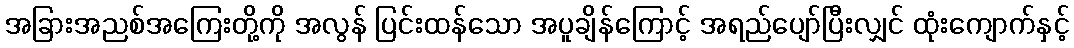
အခြားအညစ်အကြေးတို့ကို အလွန် ပြင်းထန်သော အပူချိန်ကြောင့် အရည်ပျော်ပြီးလျှင် ထုံးကျောက်နှင့်